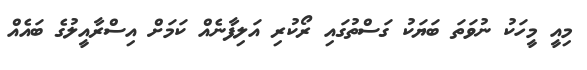
މިއީ މީހަކު ނުވަތަ ބަޔަކު ގަސްތުގައި ރޯކުރި އަލިފާނެއް ކަމަށް އިސްރާއީލުގެ ބައެއް